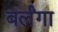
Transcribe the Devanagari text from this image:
बर्लंगा